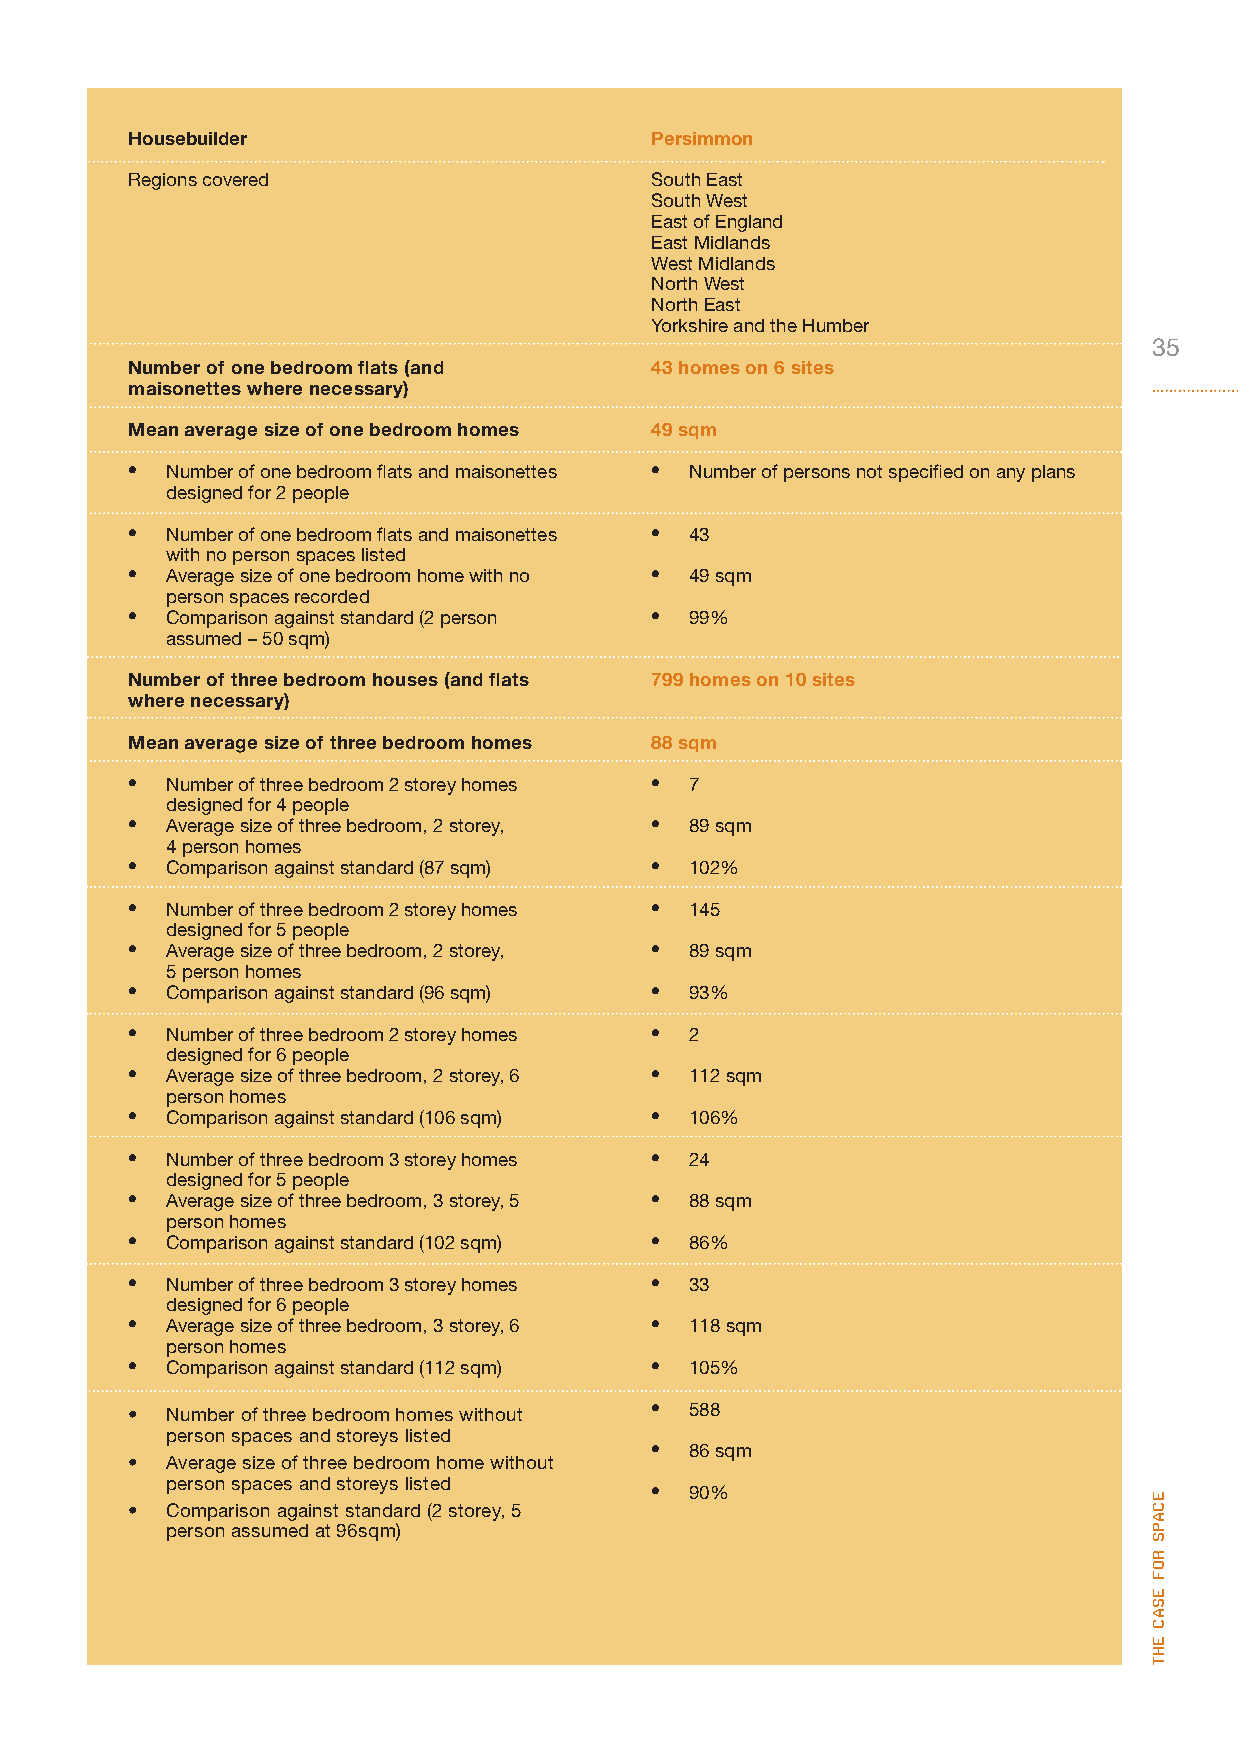
Housebuilder                      Persimmon
 Regions covered                   South East
 South West
 East of England
 East Midlands
 West Midlands
 North West
 North East
 Yorkshire and the Humber
 35
 Number of one bedroom flats (and  43 homes on 6 sites
 maisonettes where necessary)
 Mean average size of one bedroom homes 49 sqm
 • Number of one bedroom flats and maisonettes • Number of persons not specified on any plans
 designed for 2 people
 • Number of one bedroom flats and maisonettes • 43
 with no person spaces listed
 • Average size of one bedroom home with no • 49 sqm
 person spaces recorded
 • Comparison against standard (2 person • 99%
 assumed – 50 sqm)
 Number of three bedroom houses (and flats 799 homes on 10 sites
 where necessary)
 Mean average size of three bedroom homes 88 sqm
 • Number of three bedroom 2 storey homes • 7
 designed for 4 people
 • Average size of three bedroom, 2 storey, • 89 sqm
 4 person homes
 • Comparison against standard (87 sqm) • 102%
 • Number of three bedroom 2 storey homes • 145
 designed for 5 people
 • Average size of three bedroom, 2 storey, • 89 sqm
 5 person homes
 • Comparison against standard (96 sqm) • 93%
 • Number of three bedroom 2 storey homes • 2
 designed for 6 people
 • Average size of three bedroom, 2 storey, 6 • 112 sqm
 person homes
 • Comparison against standard (106 sqm) • 106%
 • Number of three bedroom 3 storey homes • 24
 designed for 5 people
 • Average size of three bedroom, 3 storey, 5 • 88 sqm
 person homes
 • Comparison against standard (102 sqm) • 86%
 • Number of three bedroom 3 storey homes • 33
 designed for 6 people
 • Average size of three bedroom, 3 storey, 6 • 118 sqm
 person homes
 • Comparison against standard (112 sqm) • 105%
 • Number of three bedroom homes without • 588
 person spaces and storeys listed
 •  86 sqm
 • Average size of three bedroom home without
 person spaces and storeys listed
 •  90%
 • Comparison against standard (2 storey, 5
 person assumed at 96sqm)
 ecaPs
 rof
 esac
 eht